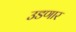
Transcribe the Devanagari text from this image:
उडणार